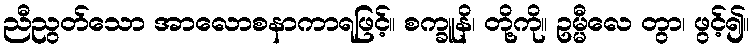
ညီညွတ်သော အာလောစနာကာရဖြင့်။ စက္ခူနိ၊ တို့ကို။ ဥမ္မီလေ တွာ၊ ဖွင့်၍။